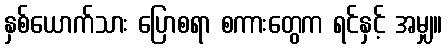
နှစ်ယောက်သား ပြောစရာ စကားတွေက ရင်နှင့် အမျှ။